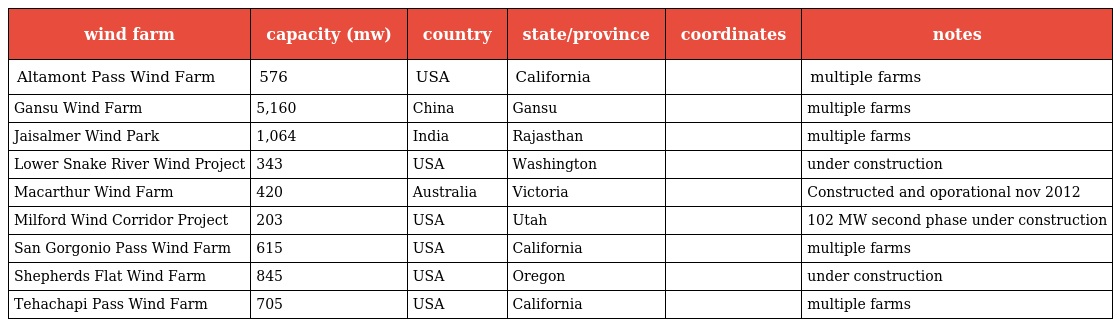
| wind farm | capacity (mw) | country | state/province | coordinates | notes |
 | --- | --- | --- | --- | --- | --- |
 | Altamont Pass Wind Farm | 576 | USA | California |  | multiple farms |
 | Gansu Wind Farm | 5,160 | China | Gansu |  | multiple farms |
 | Jaisalmer Wind Park | 1,064 | India | Rajasthan |  | multiple farms |
 | Lower Snake River Wind Project | 343 | USA | Washington |  | under construction |
 | Macarthur Wind Farm | 420 | Australia | Victoria |  | Constructed and oporational nov 2012 |
 | Milford Wind Corridor Project | 203 | USA | Utah |  | 102 MW second phase under construction |
 | San Gorgonio Pass Wind Farm | 615 | USA | California |  | multiple farms |
 | Shepherds Flat Wind Farm | 845 | USA | Oregon |  | under construction |
 | Tehachapi Pass Wind Farm | 705 | USA | California |  | multiple farms |